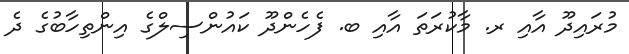
މުރައިދޫ އާއި ރ. މާކުރަތަ އާއި ބ. ފެހެންދޫ ކައުންސިލްގެ އިންތިހާބުގެ ދެ